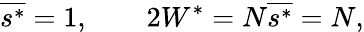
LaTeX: \overline{{s^{*}}}=1,\qquad 2W^{*}=N\overline{{s^{*}}}=N,